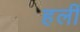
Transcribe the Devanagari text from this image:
हलीं